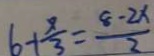
6 + \frac { 8 } { 3 } = \frac { 8 - 2 x } { 2 }